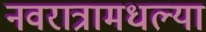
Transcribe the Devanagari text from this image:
नवरात्रामधल्या